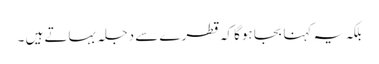
بلکہ یہ کہنا بجا ہوگا کہ قطرے سے دجلہ بہاتے ہیں ۔